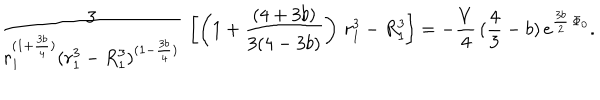
{ \frac { 3 } { r _ { 1 } ^ { ( 1 + { \frac { 3 b } { 4 } } ) } ( r _ { 1 } ^ { 3 } - R _ { 1 } ^ { 3 } ) ^ { ( 1 - { \frac { 3 b } { 4 } } ) } } } \, \left[ \left( 1 + { \frac { ( 4 + 3 b ) } { 3 ( 4 - 3 b ) } } \right) \, r _ { 1 } ^ { 3 } - R _ { 1 } ^ { 3 } \right] = - { \frac { V } { 4 } } \, ( { \frac { 4 } { 3 } } - b ) \, e ^ { { \frac { 3 b } { 2 } } \, \Phi _ { 0 } } .